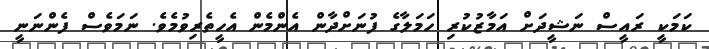
ކަމަކީ ރައީސް ނަޝީދަށް އަމާޒުކުރި ހަމަލާގެ ފުނަށްދާން އެންމެން އެހީތެރިވުމެވެ. ނަމަވެސް ފެންނަނީ